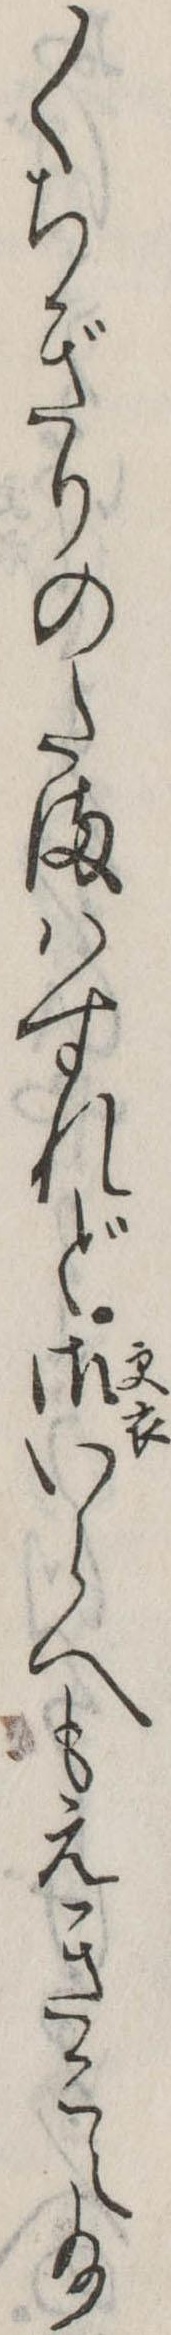
〱ちぎりのたまはすれど御いらへもえきこえ給